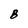
Character: B